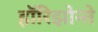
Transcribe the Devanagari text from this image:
हॉरिझोन्ते